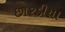
છારડીયા